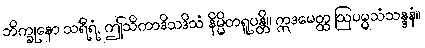
ဘိက္ခုနော သရီရံ, ဤသိကာဒိသဒိသံ နိမ္မိတရူပန္တိ။ ဣဒမေတ္ထ ဩပမ္မသံသန္ဒနံ။